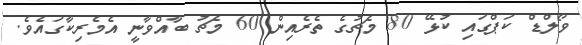
ވޯލްޑް ކަޕްގައި ކުޅޭ 80 މެޗުގެ ތެރެއިން 60 މެޗު ބާއްވާނީ އެމެރިކާގައެވެ.